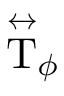
\stackrel { \leftrightarrow } { \mathrm { T } } _ { \phi }